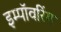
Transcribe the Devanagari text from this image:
इम्पॉवरिंग